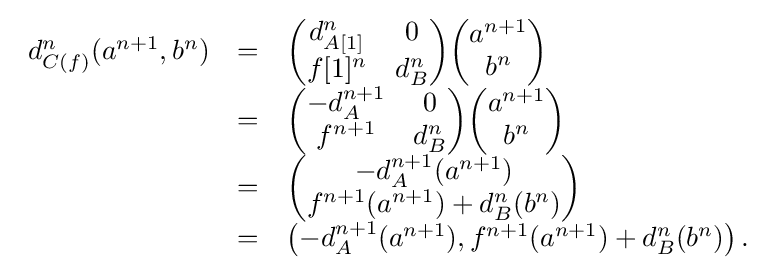
{\begin{array}{ccl}d_{C(f)}^{n}(a^{n+1},b^{n})&=&{\begin{pmatrix}d_{A[1]}^{n}&0\\f[1]^{n}&d_{B}^{n}\end{pmatrix}}{\begin{pmatrix}a^{n+1}\\b^{n}\end{pmatrix}}\\&=&{\begin{pmatrix}-d_{A}^{n+1}&0\\f^{n+1}&d_{B}^{n}\end{pmatrix}}{\begin{pmatrix}a^{n+1}\\b^{n}\end{pmatrix}}\\&=&{\begin{pmatrix}-d_{A}^{n+1}(a^{n+1})\\f^{n+1}(a^{n+1})+d_{B}^{n}(b^{n})\end{pmatrix}}\\&=&\left(-d_{A}^{n+1}(a^{n+1}),f^{n+1}(a^{n+1})+d_{B}^{n}(b^{n})\right).\end{array}}